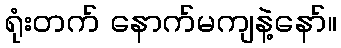
ရုံးတက် နောက်မကျနဲ့နော်။